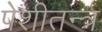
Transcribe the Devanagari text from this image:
पेशीतन्त्र